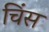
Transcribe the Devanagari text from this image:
चिंस